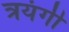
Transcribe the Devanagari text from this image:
त्रयंगी